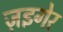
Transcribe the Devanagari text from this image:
ज़इगेर